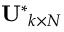
\mathbf { U ^ { * } } _ { k \times N }